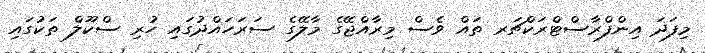
މިފަދަ އިންފްރާސްޓްރަކްޗަރ ތައް ވެސް މިރާއްޖޭގެ މާލޭގެ ސަރަހައްދުގައި ހުރި ސްކޫލް ތަކުގައި